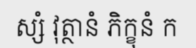
ស្សំ វុត្ថានំ ភិក្ខុនំ ក